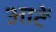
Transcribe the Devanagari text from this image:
आटें